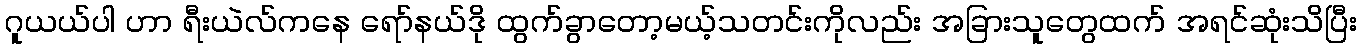
ဂူယယ်ပါ ဟာ ရီးယဲလ်ကနေ ရော်နယ်ဒို ထွက်ခွာတော့မယ့်သတင်းကိုလည်း အခြားသူတွေထက် အရင်ဆုံးသိပြီး